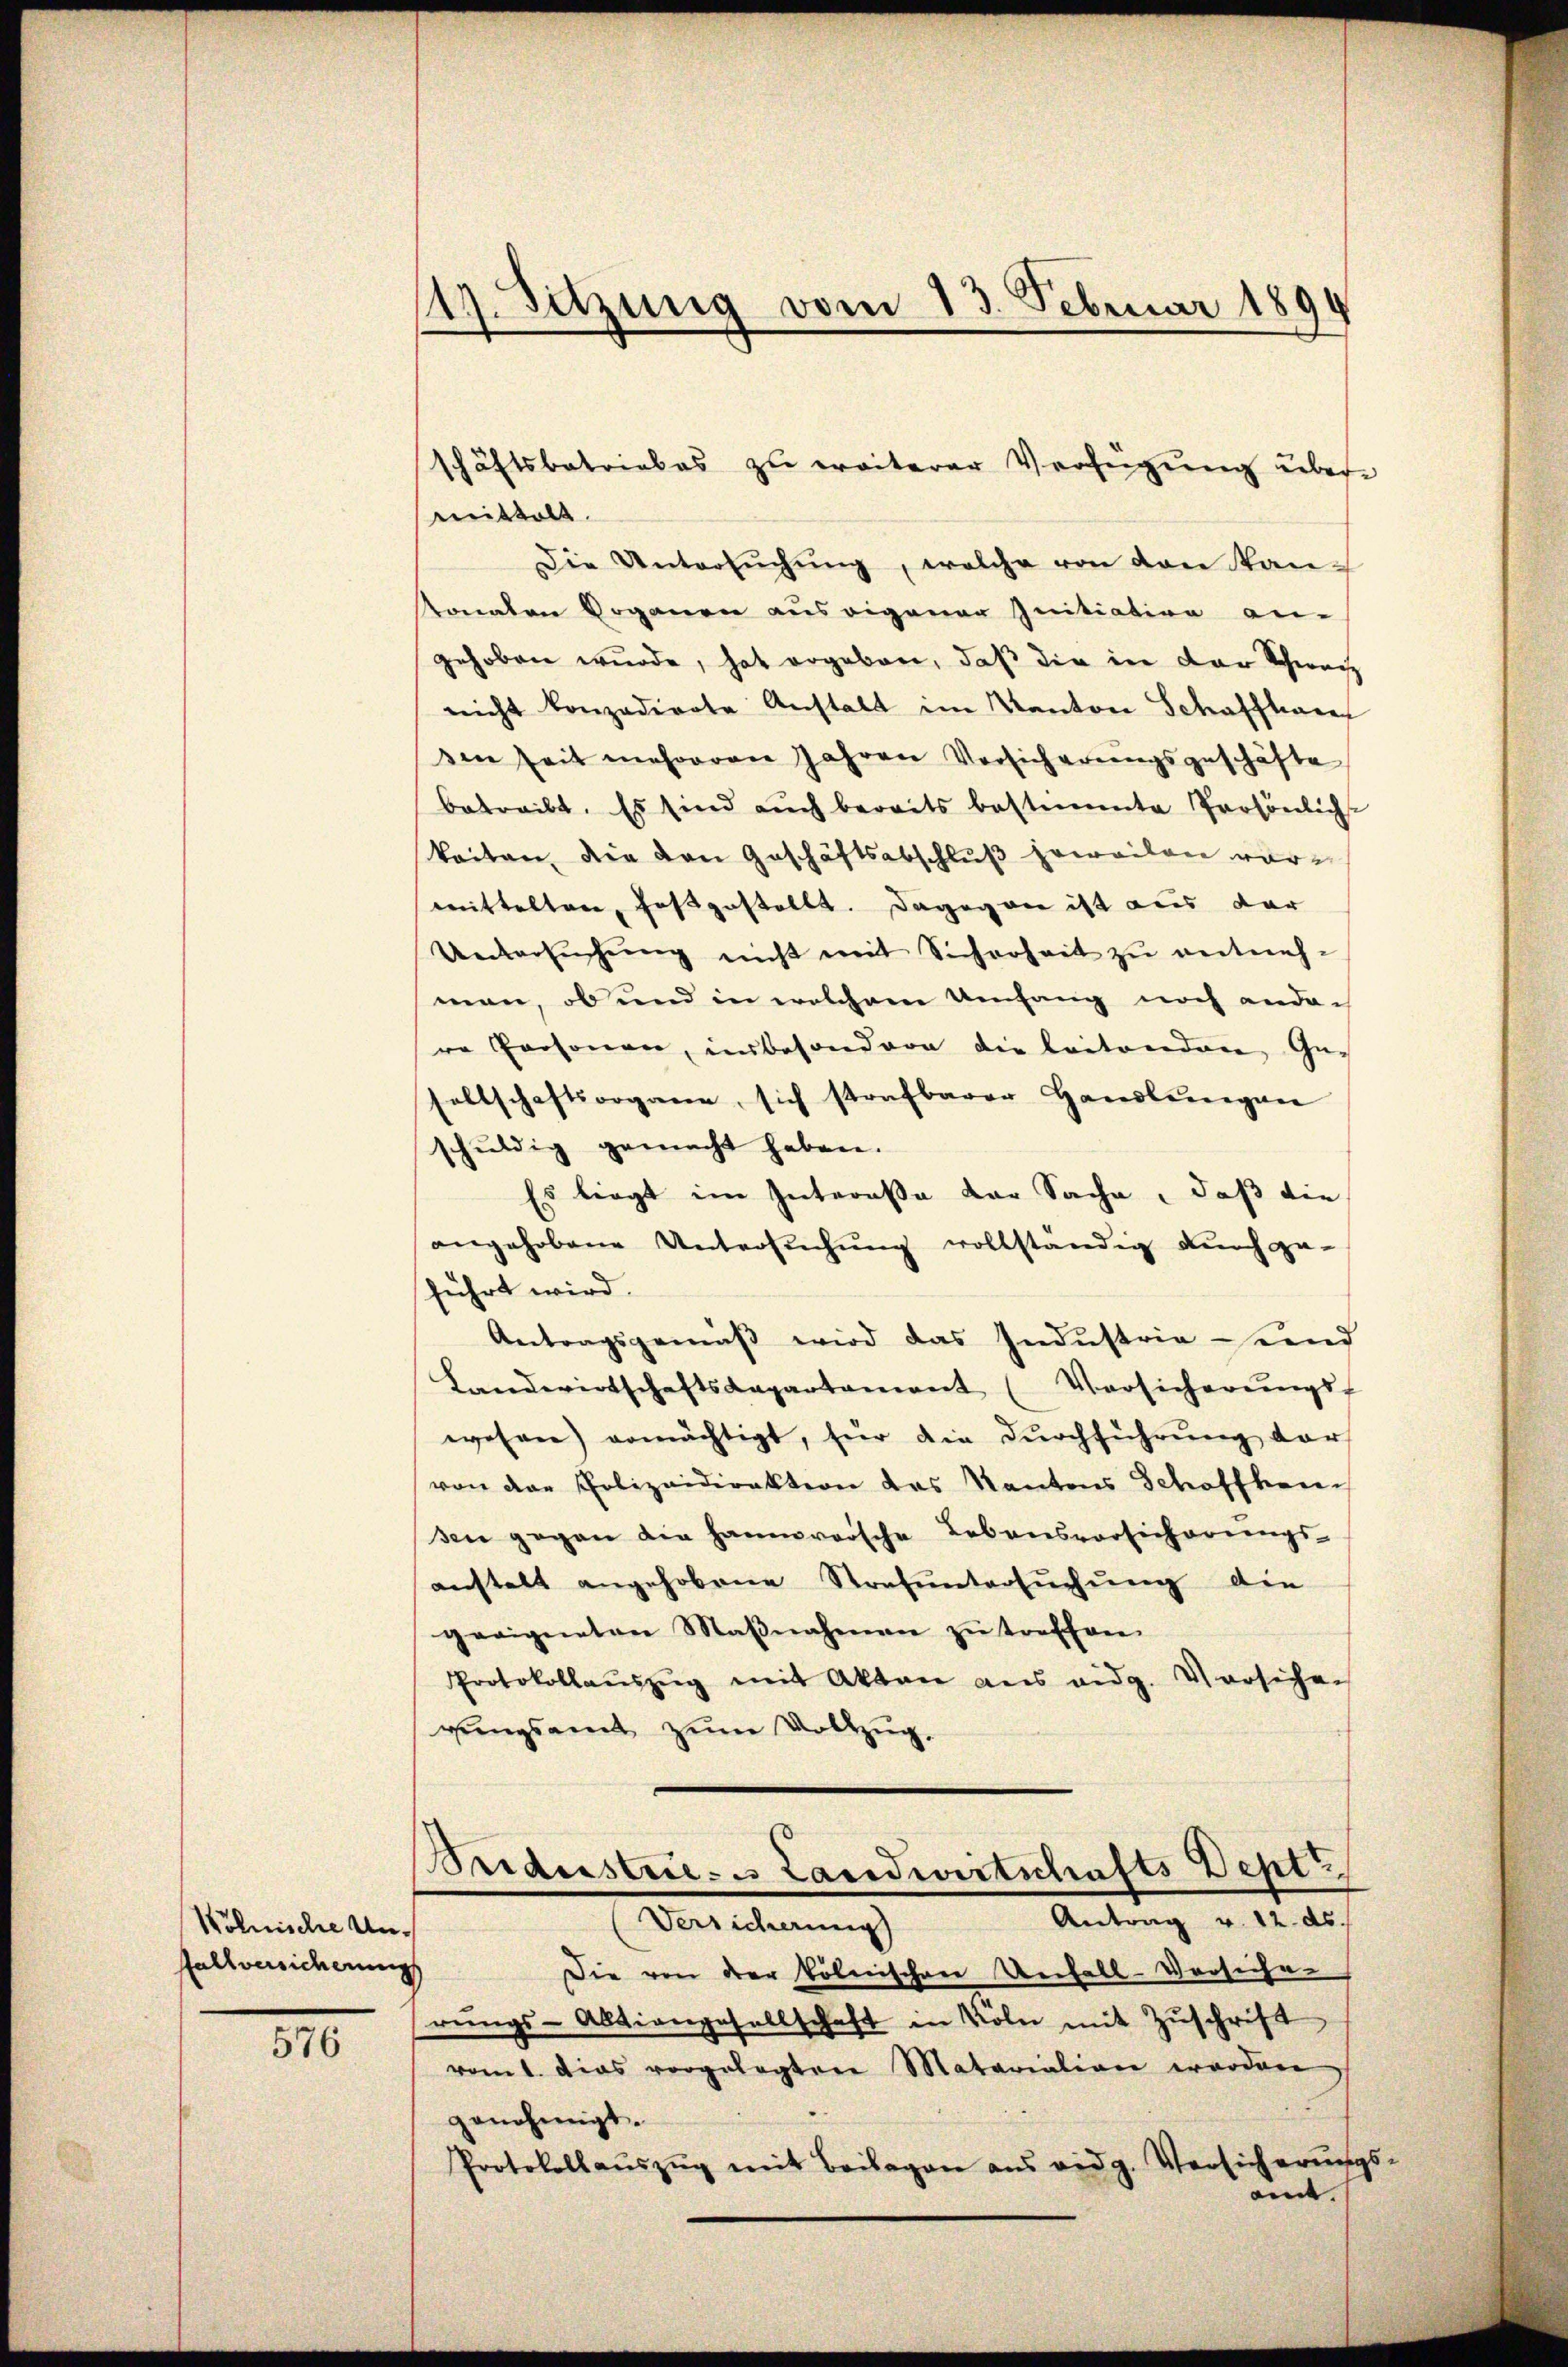
Kölnische Unfallversicherung

576

17. Sitzung vom 13. Februar 1894

mittelt.
Die Untersuchung, welche von den Kan¬
Konaten Doganen aus eigener Initiation an-
gehoben wurde, hat ergeben, daß die in der Schweiz
nicht konzedirte Anstalt im Kanton Schaffhare
den seit mehreren Jahren Versicherŭngsgeschäfte
betreibt. Es sind aŭch bereits bestimmte Persönlich-
Weiten, die von Geschäftsabschluß jeweilen vormittelten, festgestellt. Dagegen ist aus der
Untersŭchŭng nicht mit Sicherheit zu weitnehman, ob und in welchem Umfang noch ande-
re Personen, unbesondere die leitenden Gesellschaftsorgane, sich strafbarer Handlenegan
schŭldig gemacht haben.
Es liegt im Interesse der Sache, daß die
angehobene Untersuchung vollständig durchge-
führt wird.
Antragsgemäß wird das Industria sind
Landwirtschaftskapartament (Versicherŭngs-
wesen) ermächtigt, für die Dŭrchführŭng dar
von der Polizeidirektion des Kantons Schaffhau
sen gegen die Hannoversche Lebensvorsicherungs-
anstalt angehobene Strafuntersuchung die
geeigneten Maβnahmen zŭ treffen.
Protokollaŭszŭg mit Akten aus eidg. Vorsichen
rungsamt zum Vollzug.

schäftsbetriebes zu weiterer Verfügung über

Beidestrie- Landwirtschafts Dept
Antrag v. 12. ds.
Versicherung
Die von der kölnischere Unfall-Versichen

rŭngs-Aktiengesellschaft in Köln mit Zuschrift
vom 1. das vorgelegten Matariation worden,
genehmigt.
Protokollaŭszŭg mit Beilagen ans eidg. Versicherŭngs-
aint. |